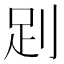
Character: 𧿀